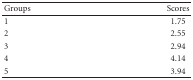
| Groups | Scores |
 | --- | --- |
 | 1 | 1.75 |
 | 2 | 2.55 |
 | 3 | 2.94 |
 | 4 | 4.14 |
 | 5 | 3.94 |